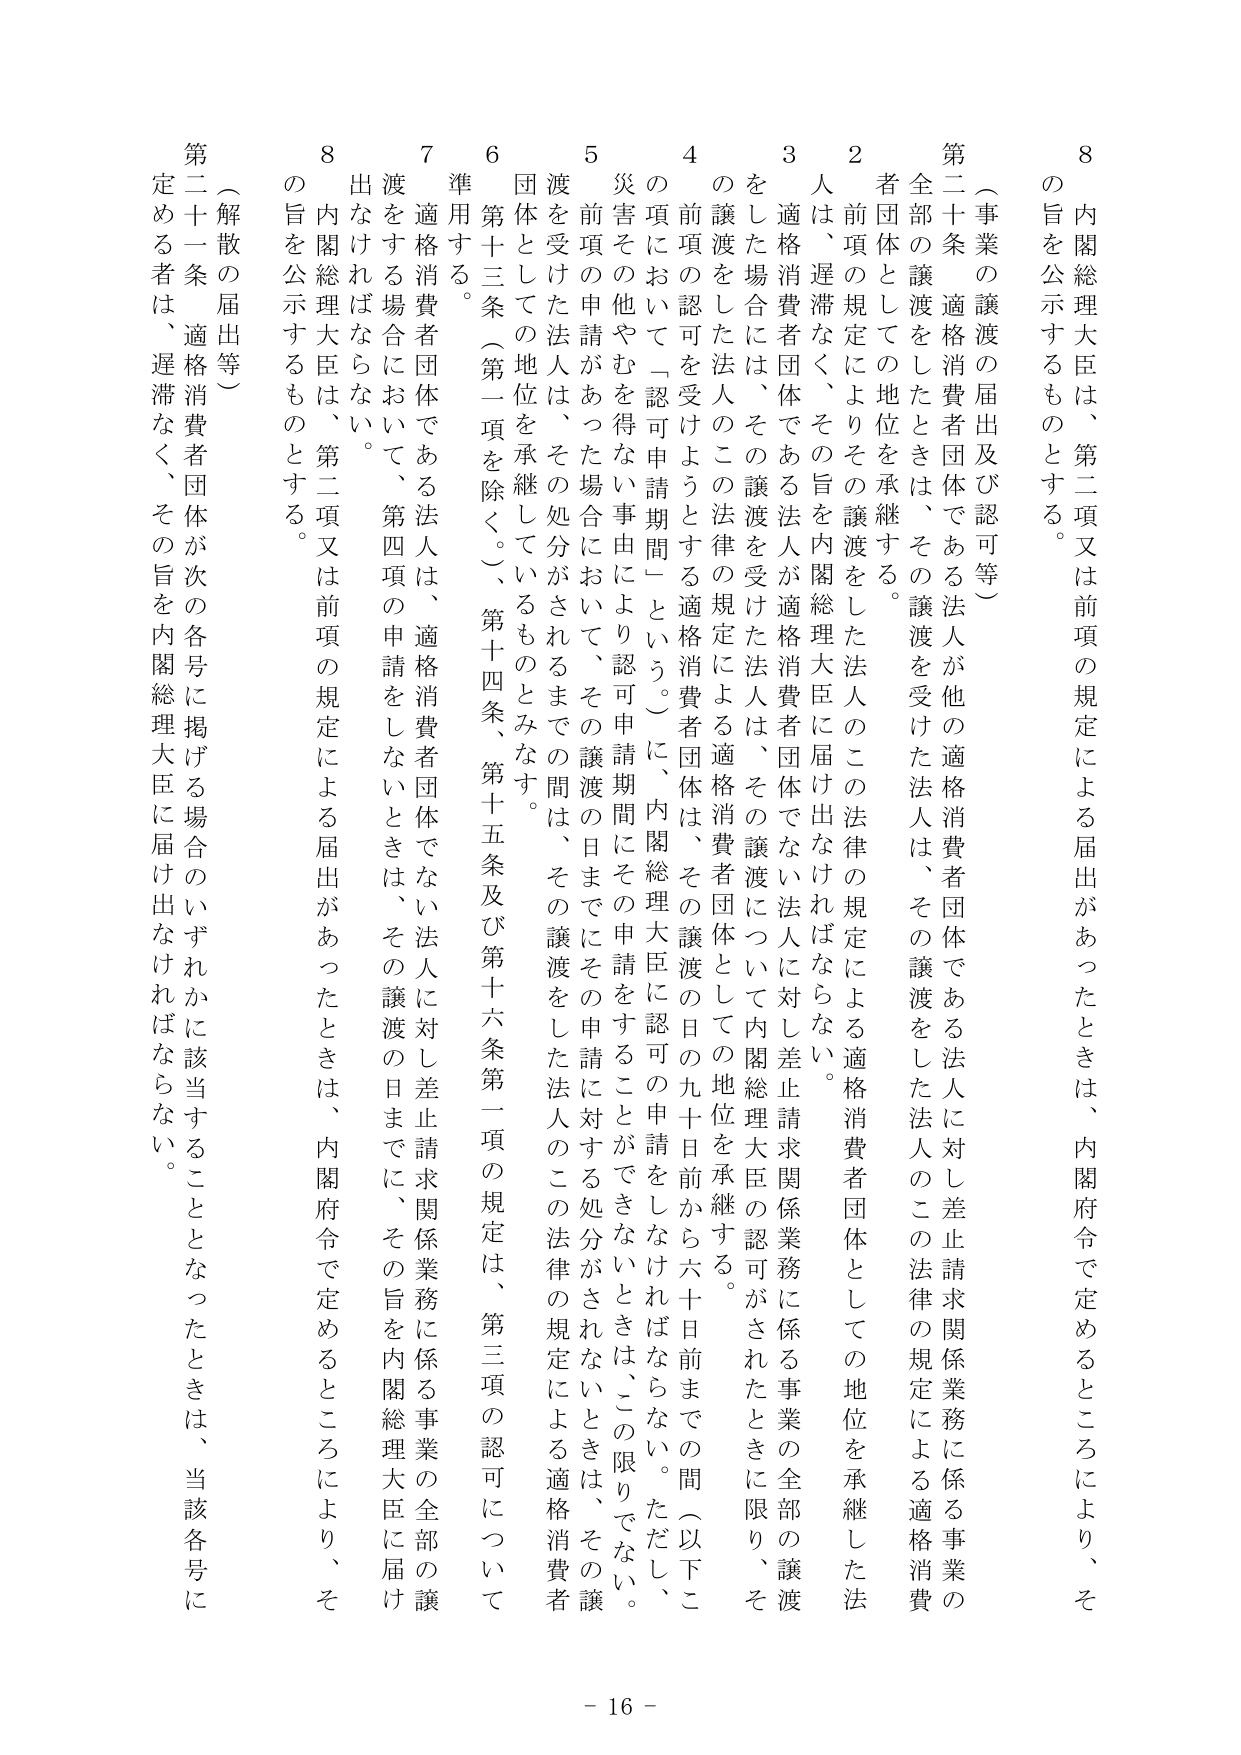
8 内閣総理大臣は、第二項又は前項の規定による届出があったときは、内閣府令で定めるところにより、その旨を公示するものとする。

（事業の譲渡の届出及び認可等）

第二十条 適格消費者団体である法人が他の適格消費者団体である法人に対し差止請求関係業務に係る事業の全部の譲渡をしたときは、その譲渡を受けた法人は、その譲渡をした法人のこの法律の規定による適格消費者団体としての地位を承継する。

2 前項の規定によりその譲渡をした法人のこの法律の規定による適格消費者団体としての地位を承継した法人は、遅滞なく、その旨を内閣総理大臣に届け出なければならない。

3 適格消費者団体である法人が適格消費者団体でない法人に対し差止請求関係業務に係る事業の全部の譲渡をした場合には、その譲渡を受けた法人は、その譲渡について内閣総理大臣の認可がされたときに限り、その譲渡をした法人のこの法律の規定による適格消費者団体としての地位を承継する。

4 前項の認可を受けようとする適格消費者団体は、その譲渡の日の九十日前から六十日前までの間（以下この項において「認可申請期間」という。）に、内閣総理大臣に認可の申請をしなければならない。ただし、災害その他やむを得ない事由により認可申請期間にその申請をすることができないときは、この限りでない。

5 前項の申請があった場合において、その譲渡の日までにその申請に対する処分がされないときは、その譲渡を受けた法人は、その処分がされるまでの間は、その譲渡をした法人のこの法律の規定による適格消費者団体としての地位を承継しているものとみなす。

6 第十三条（第一項を除く。）、第十四条、第十五条及び第十六条第一項の規定は、第三項の認可について準用する。

7 適格消費者団体である法人は、適格消費者団体でない法人に対し差止請求関係業務に係る事業の全部の譲渡をする場合において、第四項の申請をしないときは、その譲渡の日までに、その旨を内閣総理大臣に届け出なければならない。

8 内閣総理大臣は、第二項又は前項の規定による届出があったときは、内閣府令で定めるところにより、その旨を公示するものとする。

（解散の届出等）

第二十一条 適格消費者団体が次の各号に掲げる場合のいずれかに該当することとなったときは、当該各号に定める者は、遅滞なく、その旨を内閣総理大臣に届け出なければならない。

- 16 -